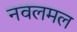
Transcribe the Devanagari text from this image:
नवलमल